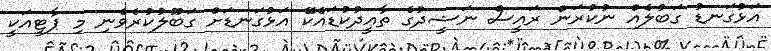
އަޅުގަނޑު ގަބުލެއް ނުކުރަން ރައީސް ނަޝީދުގެ ތާއީދުކުޑައެކޭ އަޅުގަނޑަށް ގަބޫލުކުރެވެނި މި ޕާޓީއަކީ